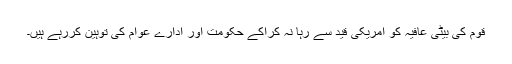
قوم کی بیٹی عافیہ کو امریکی قید سے رہا نہ کراکے حکومت اور ادارے عوام کی توہین کررہے ہیں۔